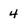
Character: 4